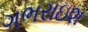
ગભરાઇશ